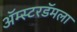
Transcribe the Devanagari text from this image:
ॲम्स्टरडॅमला